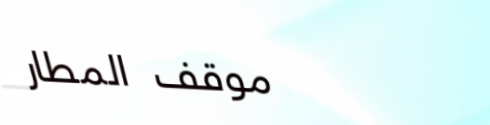
موقف المطار